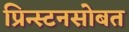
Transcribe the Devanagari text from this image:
प्रिन्स्टनसोबत